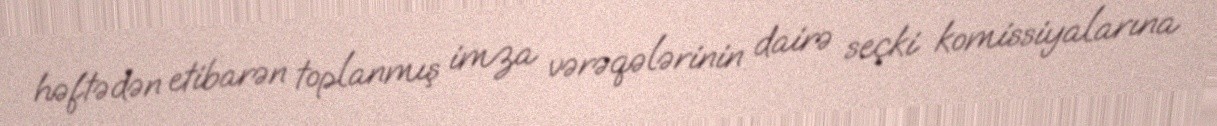
həftədən etibarən toplanmış imza vərəqələrinin dairə seçki komissiyalarına